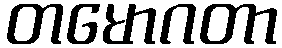
တမောဂတာ